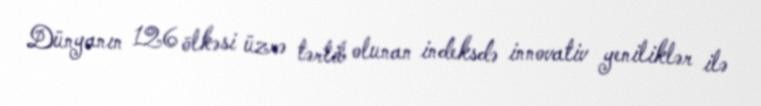
Dünyanın 126 ölkəsi üzrə tərtib olunan indeksdə innovativ yeniliklər ilə